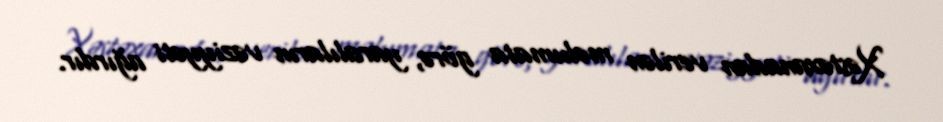
Xəstəxanadan verilən məlumata görə, yaralıların vəziyyəti ağırdır.